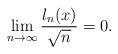
LaTeX: \begin{align*}\lim_{n \to \infty} \frac{l_n(x)}{\sqrt{n}} =0.\end{align*}